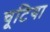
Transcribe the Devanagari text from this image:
चूटिया